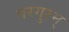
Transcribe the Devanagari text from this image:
वरगुरम्